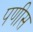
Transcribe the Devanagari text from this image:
पणीस